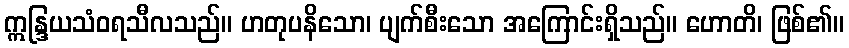
ဣန္ဒြယသံဝရသီလသည်။ ဟတုပနိသော၊ ပျက်စီးသော အကြောင်းရှိသည်။ ဟောတိ၊ ဖြစ်၏။